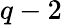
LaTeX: q-2